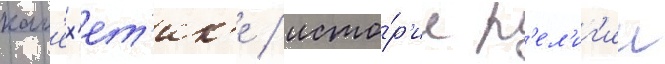
кат'ех'ет'ик'е / исто́р'ии р'ел'иг'ии